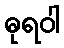
ဓုရဝါ